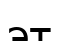
эт